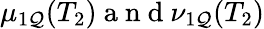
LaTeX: \mu_{1\mathcal{Q}}(T_{2})\mathrm{{~a~n~d~}}\nu_{1\mathcal{Q}}(T_{2})